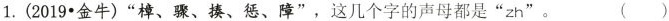
1.(2019•金牛)”樟、骤、揍、惩、障”，这几个字的声母都是”zh”。 ()